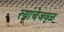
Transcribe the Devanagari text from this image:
त्यांचेजवळ